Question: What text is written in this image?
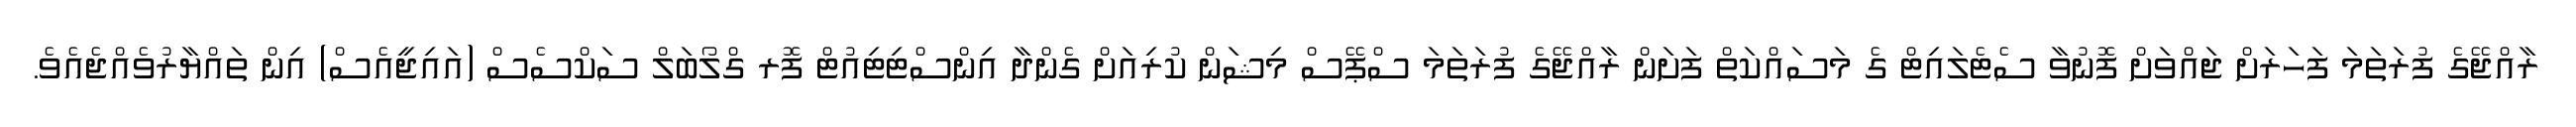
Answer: ރާއްޖޭގެ ފުރަތަމަ ފަހަރަށް ޖައްވަށް ފޮނުވާ ސެޓެލައިޓް ގެ މަސައްކަތް ފަށަން ރާއްޖޭގެ ފުރަތަމަ ސްޕޭސް މިޝަން ކުރިއަށް ގެންދާ އިންސްޓިޓިއުޓް ފޮރ ގްލޯބަލް ސަކްސެސް (އައިޖީއެސް) އިން ތައްޔާރުވެއްޖެއެވެ.